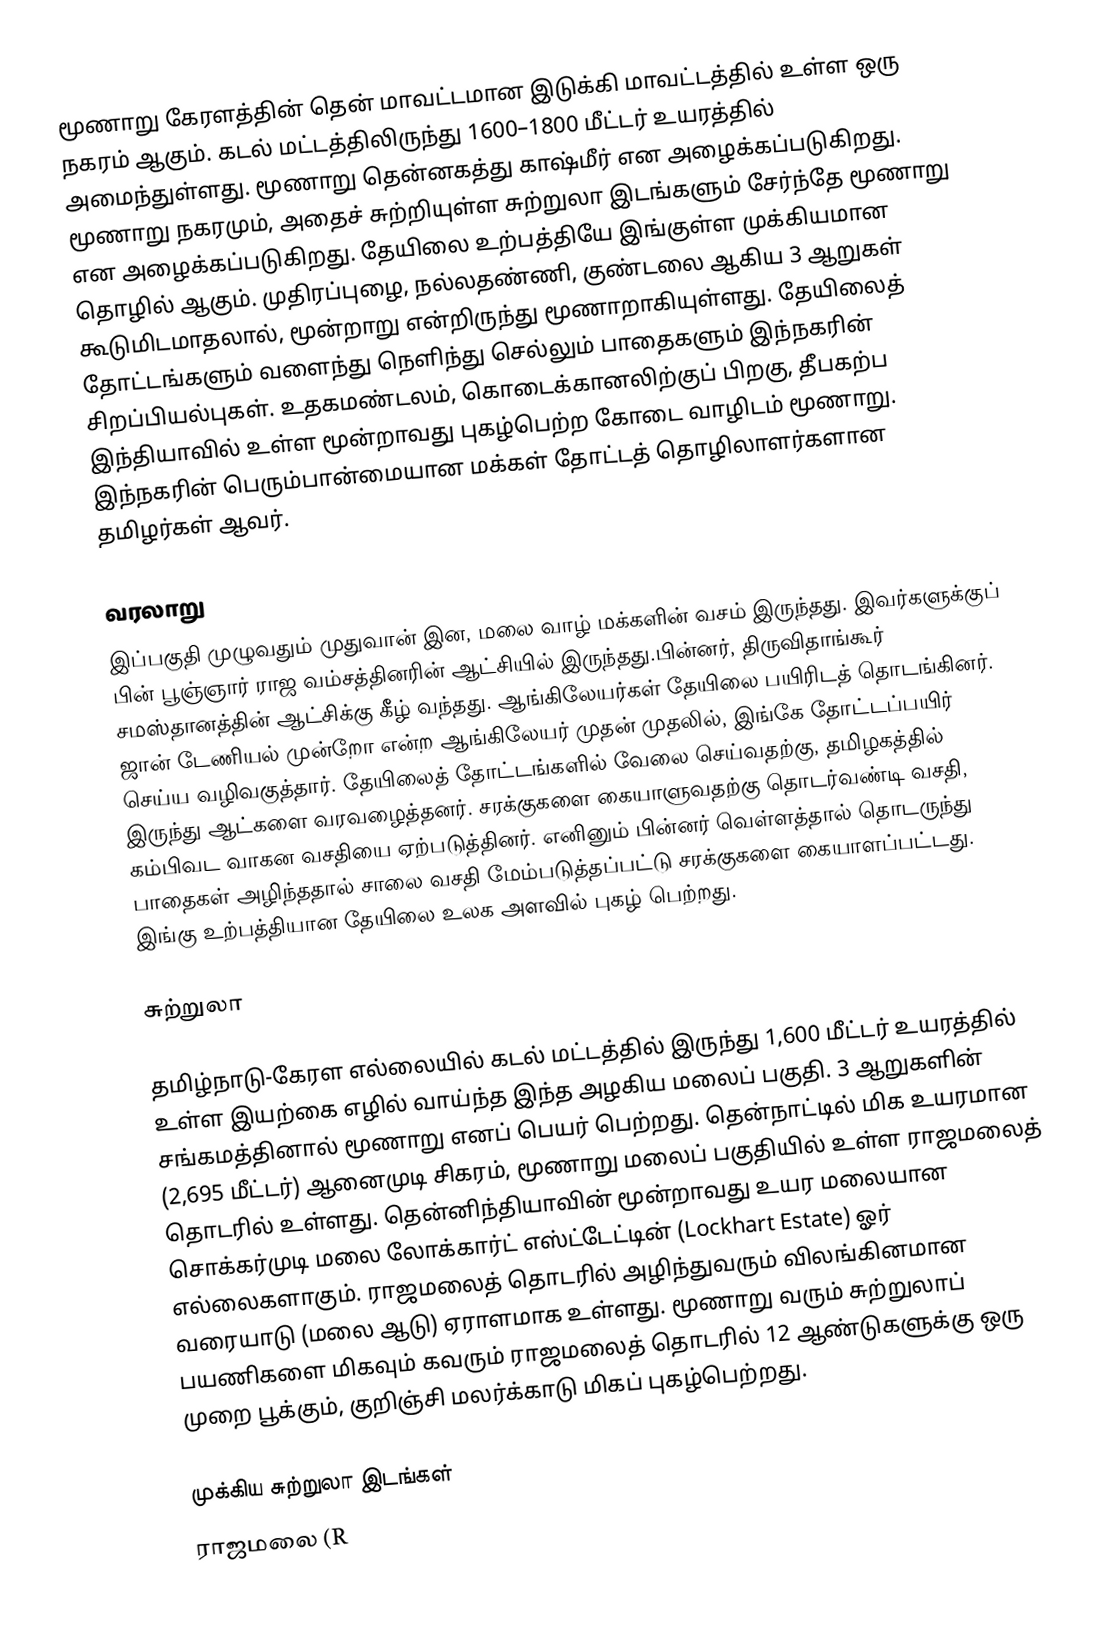
மூணாறு கேரளத்தின் தென் மாவட்டமான இடுக்கி மாவட்டத்தில் உள்ள ஒரு நகரம் ஆகும். கடல் மட்டத்திலிருந்து 1600–1800 மீட்டர் உயரத்தில் அமைந்துள்ளது. மூணாறு தென்னகத்து காஷ்மீர் என அழைக்கப்படுகிறது. மூணாறு நகரமும், அதைச் சுற்றியுள்ள சுற்றுலா இடங்களும் சேர்ந்தே மூணாறு என அழைக்கப்படுகிறது. தேயிலை உற்பத்தியே இங்குள்ள முக்கியமான தொழில் ஆகும். முதிரப்புழை, நல்லதண்ணி, குண்டலை ஆகிய 3 ஆறுகள் கூடுமிடமாதலால், மூன்றாறு என்றிருந்து மூணாறாகியுள்ளது. தேயிலைத் தோட்டங்களும் வளைந்து நெளிந்து செல்லும் பாதைகளும் இந்நகரின் சிறப்பியல்புகள். உதகமண்டலம், கொடைக்கானலிற்குப் பிறகு, தீபகற்ப இந்தியாவில் உள்ள மூன்றாவது புகழ்பெற்ற கோடை வாழிடம் மூணாறு. இந்நகரின் பெரும்பான்மையான மக்கள் தோட்டத் தொழிலாளர்களான தமிழர்கள் ஆவர்.

வரலாறு
இப்பகுதி முழுவதும் முதுவான் இன, மலை வாழ் மக்களின் வசம் இருந்தது. இவர்களுக்குப் பின் பூஞ்ஞார் ராஜ வம்சத்தினரின் ஆட்சியில் இருந்தது.பின்னர், திருவிதாங்கூர் சமஸ்தானத்தின் ஆட்சிக்கு கீழ் வந்தது. ஆங்கிலேயர்கள் தேயிலை பயிரிடத் தொடங்கினர். ஜான் டேணியல் முன்றோ என்ற ஆங்கிலேயர் முதன் முதலில், இங்கே தோட்டப்பயிர் செய்ய வழிவகுத்தார். தேயிலைத் தோட்டங்களில் வேலை செய்வதற்கு, தமிழகத்தில் இருந்து ஆட்களை வரவழைத்தனர். சரக்குகளை கையாளுவதற்கு தொடர்வண்டி வசதி, கம்பிவட வாகன வசதியை ஏற்படுத்தினர். எனினும் பின்னர் வெள்ளத்தால் தொடருந்து பாதைகள் அழிந்ததால் சாலை வசதி மேம்படுத்தப்பட்டு சரக்குகளை கையாளப்பட்டது. இங்கு உற்பத்தியான தேயிலை உலக அளவில் புகழ் பெற்றது.

சுற்றுலா

தமிழ்நாடு-கேரள எல்லையில் கடல் மட்டத்தில் இருந்து 1,600 மீட்டர் உயரத்தில் உள்ள இயற்கை எழில் வாய்ந்த இந்த அழகிய மலைப் பகுதி. 3 ஆறுகளின் சங்கமத்தினால் மூணாறு எனப் பெயர் பெற்றது. தென்நாட்டில் மிக உயரமான (2,695 மீட்டர்) ஆனைமுடி சிகரம், மூணாறு மலைப் பகுதியில் உள்ள ராஜமலைத் தொடரில் உள்ளது. தென்னிந்தியாவின் மூன்றாவது உயர மலையான சொக்கர்முடி மலை லோக்கார்ட் எஸ்ட்டேட்டின் (Lockhart Estate) ஓர் எல்லைகளாகும். ராஜமலைத் தொடரில் அழிந்துவரும் விலங்கினமான வரையாடு (மலை ஆடு) ஏராளமாக உள்ளது. மூணாறு வரும் சுற்றுலாப் பயணிகளை மிகவும் கவரும் ராஜமலைத் தொடரில் 12 ஆண்டுகளுக்கு ஒரு முறை பூக்கும், குறிஞ்சி மலர்க்காடு மிகப் புகழ்பெற்றது.

முக்கிய சுற்றுலா இடங்கள்
 ராஜமலை (R